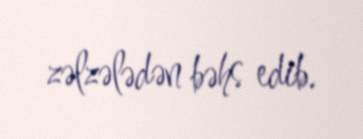
zəlzələdən bəhs edib.